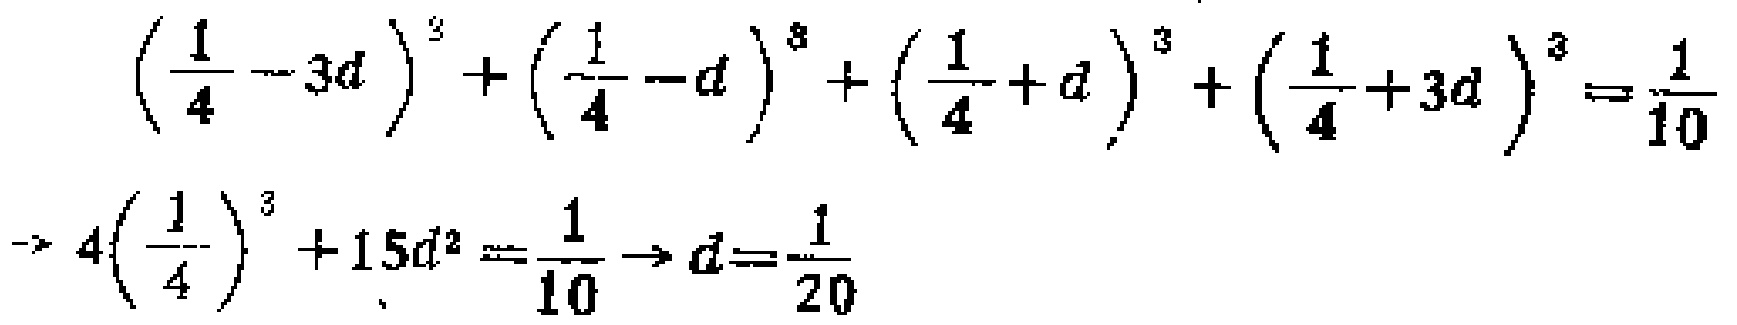
\[\begin{align*}
\left(\frac{1}{4}-3d\right)^{3}+\left(\frac{1}{4}-d\right)^{3}+\left(\frac{1}{4}+d\right)^{3}+\left(\frac{1}{4}+3d\right)^{3}&=\frac{1}{10}\\
\rightarrow 4\left(\frac{1}{4}\right)^{3}+15d^{2}&=\frac{1}{10}\rightarrow d = \frac{1}{20}
\end{align*}\]